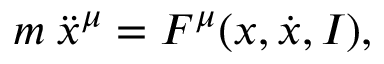
m \: \ddot { x } ^ { \mu } = F ^ { \mu } ( x , \dot { x } , I ) ,